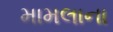
મામલાના